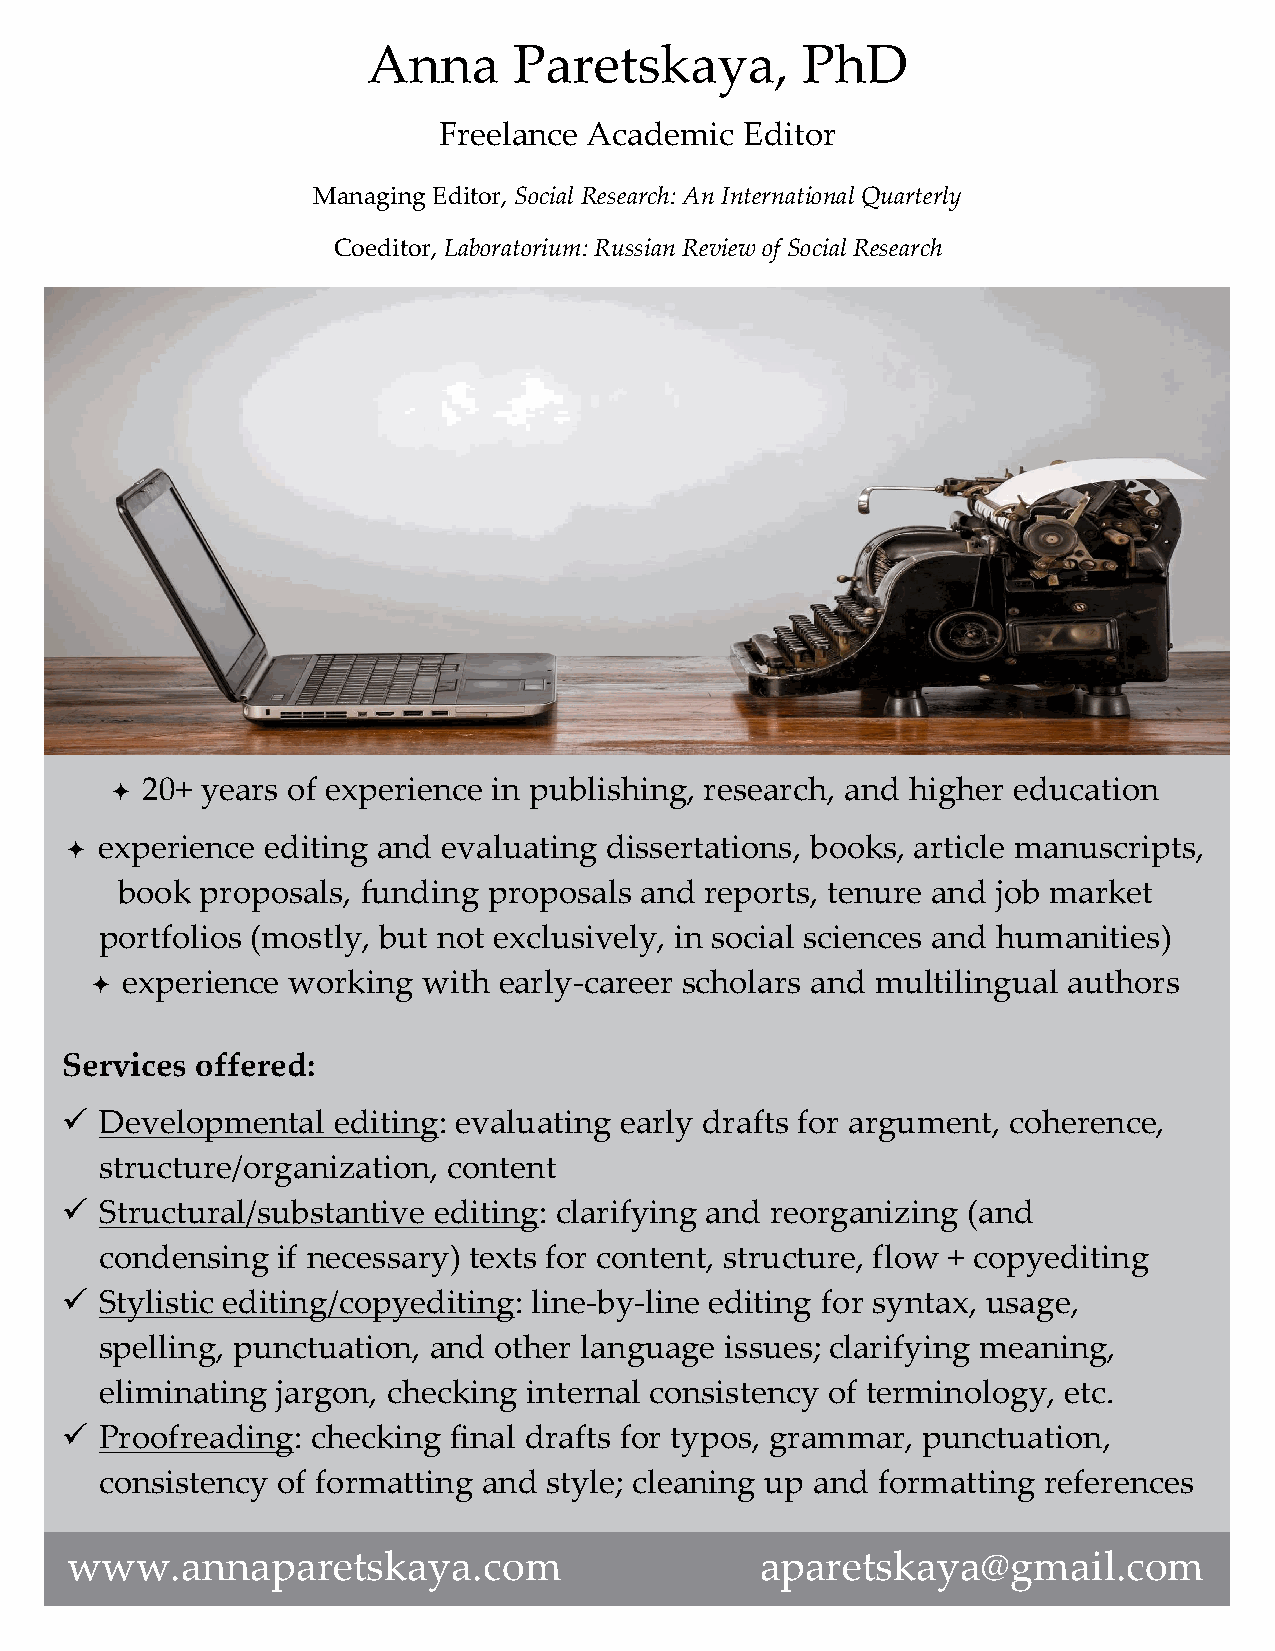
Anna      Paretskaya,        PhD
 Freelance Academic  Editor
 Managing Editor, Social Research: An International Quarterly
 Coeditor, Laboratorium: Russian Review of Social Research
 ✦ 20+ years of experience in publishing, research, and higher education
 ✦ experience editing and evaluating dissertations, books, article manuscripts,
 book proposals, funding proposals and  reports, tenure and job market
 portfolios (mostly, but not exclusively, in social sciences and humanities)
 ✦ experience working  with early-career scholars and multilingual authors
 Services offered:
 ü  Developmental  editing: evaluating early drafts for argument, coherence,
 structure/organization, content
 ü  Structural/substantive editing: clarifying and reorganizing (and
 condensing if necessary) texts for content, structure, flow + copyediting
 ü  Stylistic editing/copyediting: line-by-line editing for syntax, usage,
 spelling, punctuation, and other language issues; clarifying meaning,
 eliminating jargon, checking internal consistency of terminology, etc.
 ü  Proofreading: checking final drafts for typos, grammar, punctuation,
 consistency of formatting and style; cleaning up and formatting references
 www.annaparetskaya.com                        aparetskaya@gmail.com